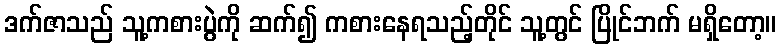
ဒက်ဇာသည် သူ့ကစားပွဲကို ဆက်၍ ကစားနေရသည့်တိုင် သူ့တွင် ပြိုင်ဘက် မရှိတော့။